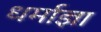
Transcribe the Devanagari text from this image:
धर्माज्ञा